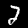
Label: 2